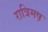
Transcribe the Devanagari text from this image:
रात्रिमष़